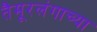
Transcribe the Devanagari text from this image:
तैमूरलंगाच्या